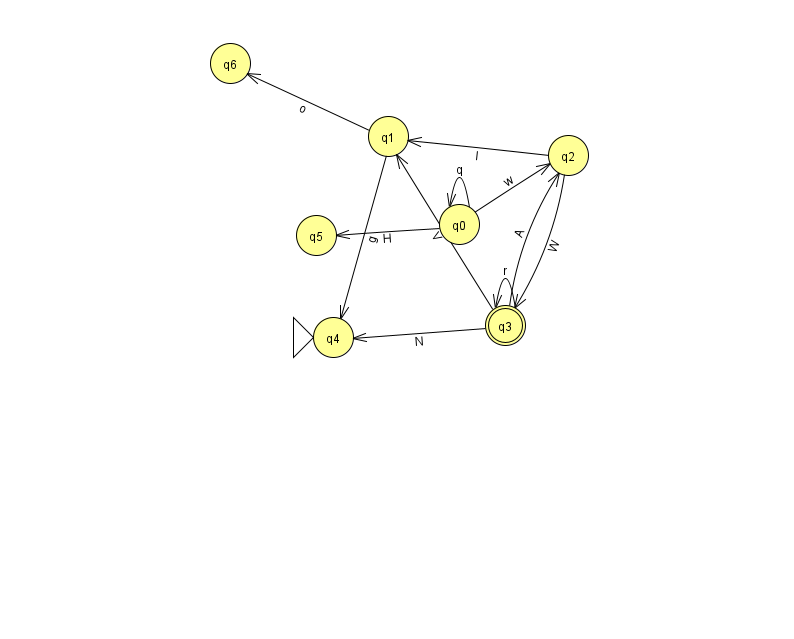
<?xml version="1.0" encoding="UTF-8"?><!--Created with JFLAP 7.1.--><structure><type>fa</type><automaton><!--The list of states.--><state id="0" name="q0"><x>459.0</x><y>211.0</y></state><state id="1" name="q1"><x>388.0</x><y>123.0</y></state><state id="2" name="q2"><x>568.0</x><y>142.0</y></state><state id="3" name="q3"><x>505.0</x><y>312.0</y><final/></state><state id="4" name="q4"><x>333.0</x><y>324.0</y><initial/></state><state id="5" name="q5"><x>316.0</x><y>222.0</y></state><state id="6" name="q6"><x>230.0</x><y>50.0</y></state><!--The list of transitions.--><transition><from>0</from><to>0</to><read>q</read></transition><transition><from>3</from><to>3</to><read>r</read></transition><transition><from>0</from><to>2</to><read>w</read></transition><transition><from>1</from><to>6</to><read>o</read></transition><transition><from>1</from><to>4</to><read>g</read></transition><transition><from>2</from><to>1</to><read>l</read></transition><transition><from>2</from><to>3</to><read>W</read></transition><transition><from>3</from><to>4</to><read>N</read></transition><transition><from>3</from><to>1</to><read>V</read></transition><transition><from>0</from><to>5</to><read>H</read></transition><transition><from>3</from><to>2</to><read>A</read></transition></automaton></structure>